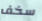
سخف